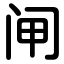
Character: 闸